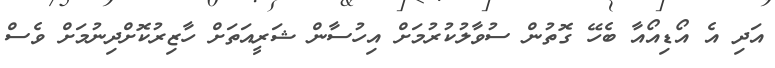
އަދި އެ އޯޑިއޯއާ ބެހޭ ގޮތުން ސުވާލުކުރުމަށް އިހުސާން ޝަރީއަތަށް ހާޒިރުކޮށްދިނުމަށް ވެސް